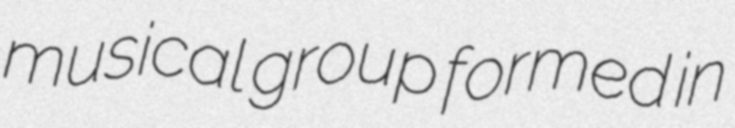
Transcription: musical group formed in